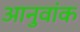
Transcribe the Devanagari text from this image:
आनुवांक